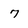
Character: 7